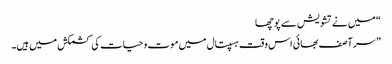
“ میں نے تشویش سے پوچھا
” سر آصف بھائی اس وقت ہسپتال میں موت و حیات کی کشمکش میں ہیں۔